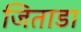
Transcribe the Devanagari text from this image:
जिताडा